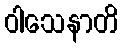
ဝါသေနာတိ